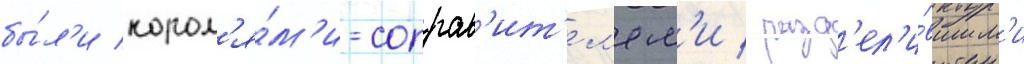
бы́л'и корол'я́м'и-соправ'ит'ел'ям'и / разд'ел'и́вшим'и